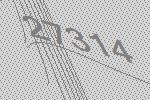
27314